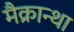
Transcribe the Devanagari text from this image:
मैक्रान्था